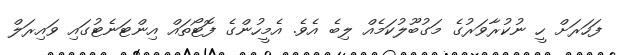
ފަހަރަށް ހީ ނުކުރާވަރުގެ މަގުބޫލުކަމެއް ލިބެ އެވެ. އެމީހުންގެ ފޮޓޯތައް އިންޓަނެޓުގައި ވައިރަލް